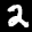
Label: 2